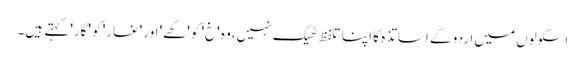
اسکولوں میں اردو کے اساتذہ کا اپنا تلفظ ٹھیک نہیں،وہ 'خ' کو 'کھے' اور 'غار' کو 'گار' کہتے ہیں۔